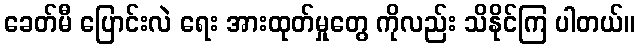
ခေတ်မီ ပြောင်းလဲ ရေး အားထုတ်မှုတွေ ကိုလည်း သိနိုင်ကြ ပါတယ်။